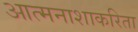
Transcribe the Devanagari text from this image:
आत्मनाशाकरिता